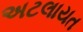
અટલાયત